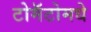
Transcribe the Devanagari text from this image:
टोमॅटोमधे